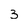
Character: 3